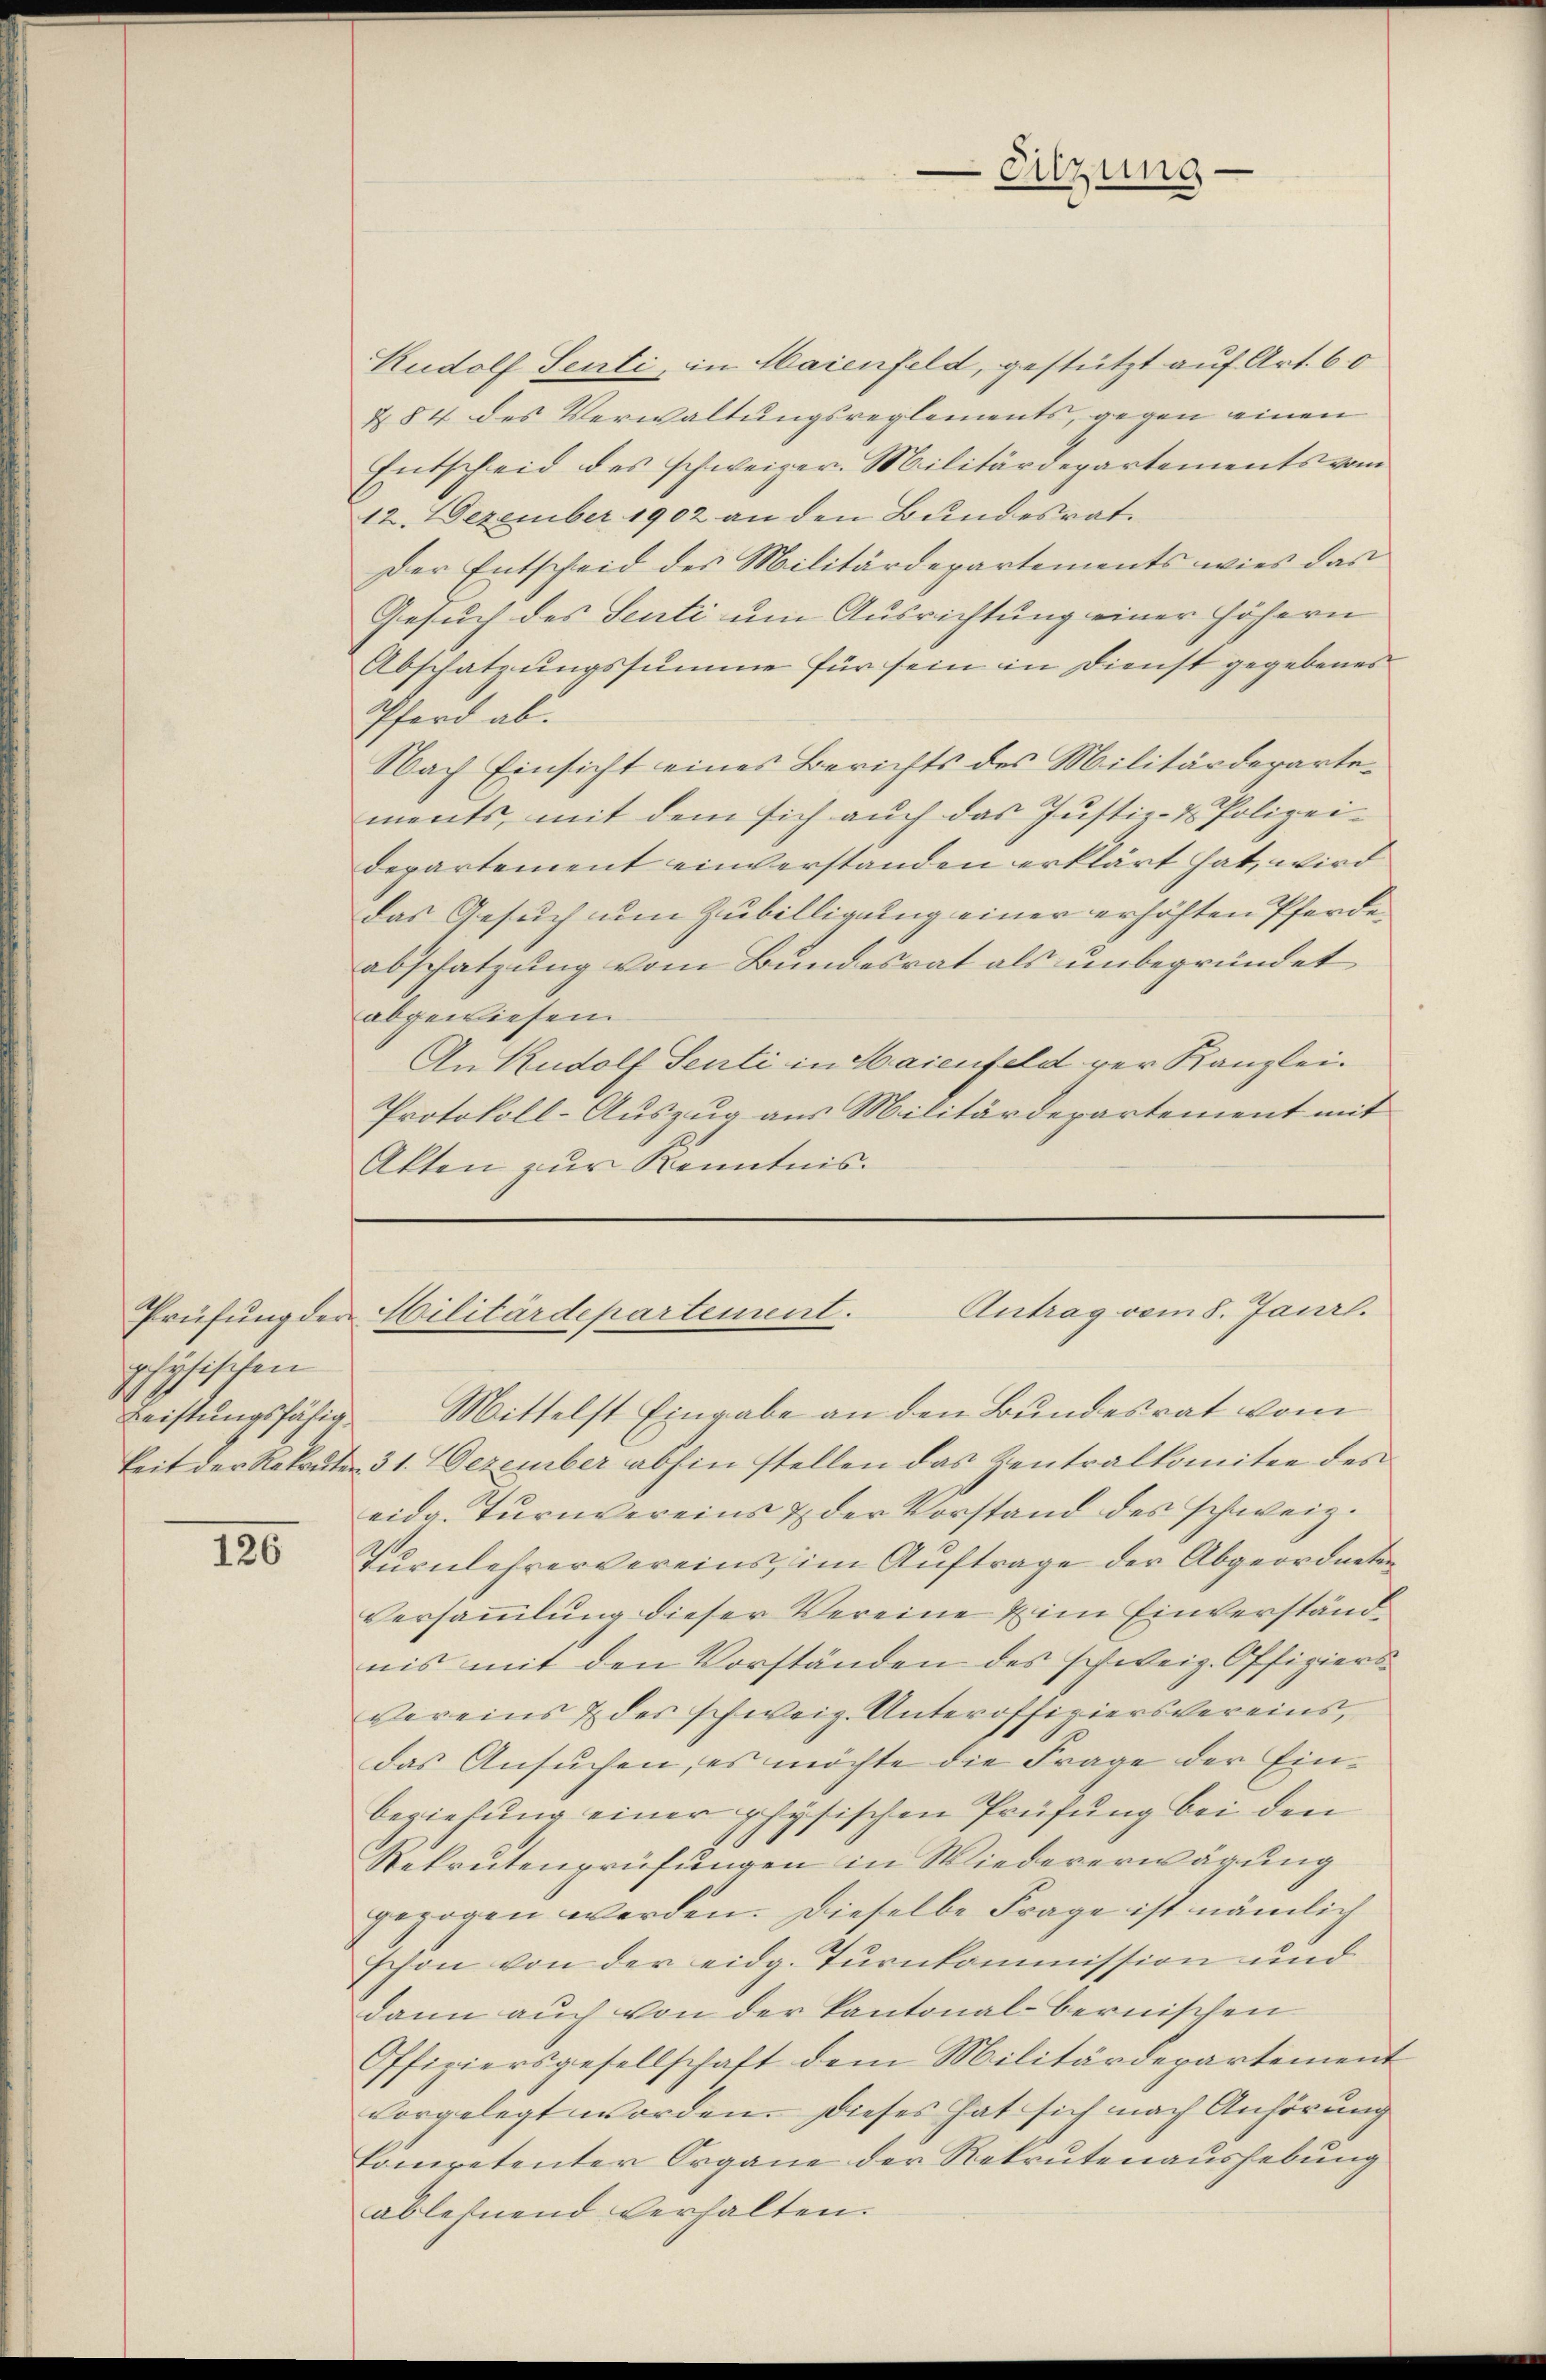
Prüfung der
pletischen
Leistungsfähig

120

Rudolf Senti, in Maienfeld, gestützt auf Art. 60
§ 84 des Verwaltungsreglements, gegen einen
Entscheid des schweizer. Militärdepartements vom
12. Dezember 1902 an den Bundesrat.
Der Entscheid des Militärdepartements wies das
Gesuch des Senti um Ausrichtung einer höhern
Abschatzungssumme für sein in Dienst gegebenes
Pferd ab.
Nach Einsicht eines Berichts des Militärdepartements, mit dem sich auch das Justiz- & Polizeidepartement einverstanden erklärt hat, wird
das Gesuch um Zubilligung einer erhöhten Pferdeabschatzung vom Bundesrat als unbegründet
abgewiesen
An Rudolf Senti in Maienfeld ver Kanzlei.
Protokoll-Auszug aus Militärdepartement mit
Akten zur Kenntnis.

Eitzung.

Antrag vom 8. Janrl.
Militärdepartement.

Mittelst Eingabe an den Bundesrat vom
keit der Rekruten 31. Dezember abhin stellen das Zentralkomitee des
eidg. Turnvereins & der Vorstand des schweiz.
Turnlehrervereins im Auftrage der Abgeordneten
Versammlung dieser Vereine im Einverständnis mit den Vorständen des schweiz. Offiziersvereins & des schweiz. Unteroffiziersvereins,
das Ansŭchen, es möchte die Frage der Einbeziehung einer physischen Prüfung bei den
Rekrutenprüfungen in Wiedererwägung
gezogen werden. Dieselbe Frage ist nämlich
schon von der eidg. Turnkommission und
dann auch von der Kantonal-Bernischen
Offiziersgesellschaft dem Militärdepartement
vorgelegt worden. Dieses hat sich nach Anhörung
kompetenter Organe der Rekrutenaushebung
ablehnend verhalten.